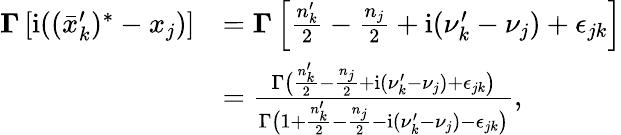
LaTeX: \begin{array}{rl}{\boldsymbol\Gamma\left[\mathrm{i}((\bar{x}_{k}^{\prime})^{*}-x_{j})\right]}&{=\boldsymbol\Gamma\left[\frac{n_{k}^{\prime}}2-\frac{n_{j}}2+\mathrm{i}(\nu_{k}^{\prime}-\nu_{j})+\epsilon_{jk}\right]}\\ &{=\frac{\Gamma\bigl(\frac{n_{k}^{\prime}}2-\frac{n_{j}}2+\mathrm{i}(\nu_{k}^{\prime}-\nu_{j})+\epsilon_{jk}\bigr)}{\Gamma\bigl(1+\frac{n_{k}^{\prime}}2-\frac{n_{j}}2-\mathrm{i}(\nu_{k}^{\prime}-\nu_{j})-\epsilon_{jk}\bigr)},}\end{array}